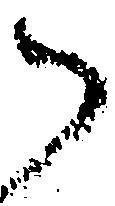
御